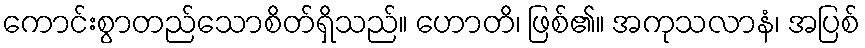
ကောင်းစွာတည်သောစိတ်ရှိသည်။ ဟောတိ၊ ဖြစ်၏။ အကုသလာနံ၊ အပြစ်